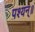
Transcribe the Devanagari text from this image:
पश्यन्॥